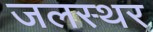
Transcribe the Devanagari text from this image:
जलस्थर